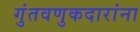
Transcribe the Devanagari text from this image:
गुंतवणुकदारांना